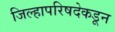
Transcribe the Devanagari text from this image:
जिल्हापरिषदेकडून